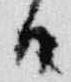
日